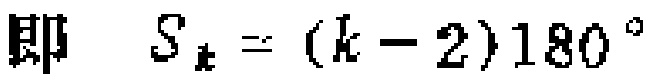
即 \(S_{k}=(k - 2)180^{\circ}\)